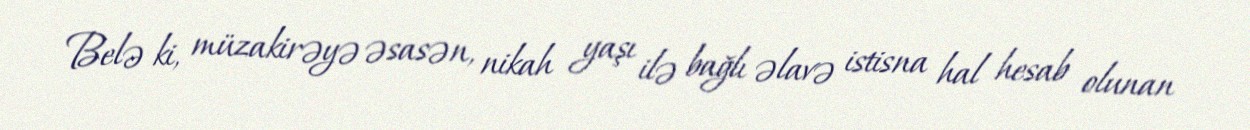
Belə ki, müzakirəyə əsasən, nikah yaşı ilə bağlı əlavə istisna hal hesab olunan